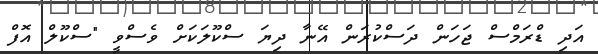
އަދި ޑްރަމްސް ޖަހަން ދަސްކުރަން އޭނާ ދިޔަ ސްކޫލަކަށް ވެސްވީ "ސްކޫލް އޮފް